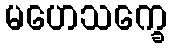
မဟေသက္ခေ